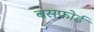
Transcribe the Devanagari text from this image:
बसफोर्ड